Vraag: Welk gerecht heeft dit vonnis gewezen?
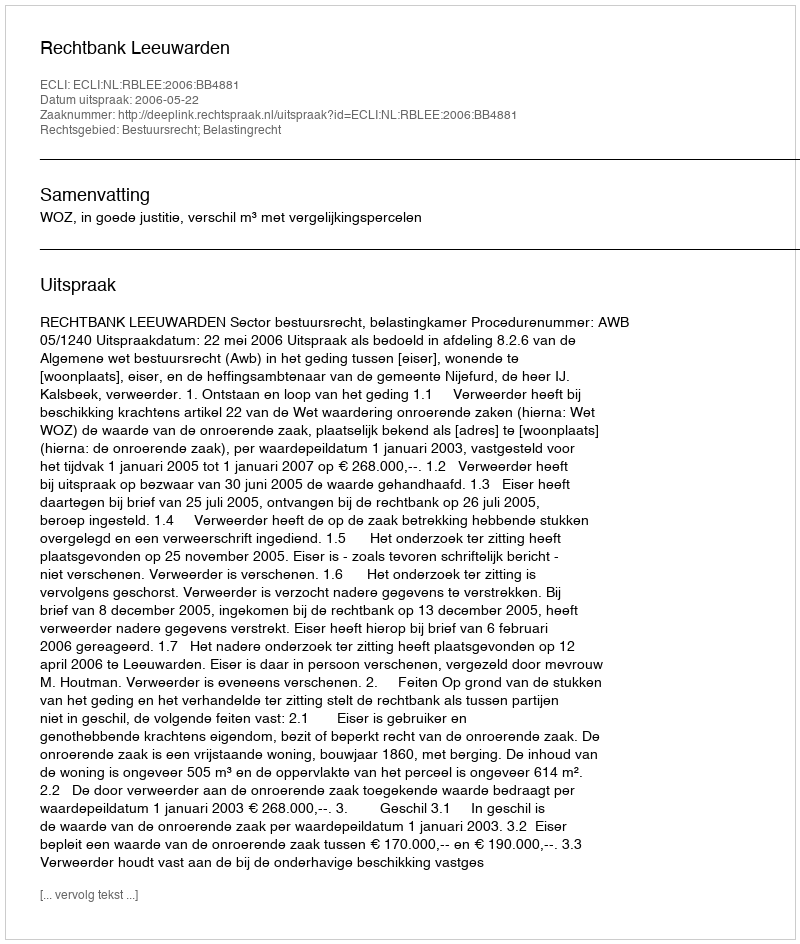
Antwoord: Rechtbank Leeuwarden